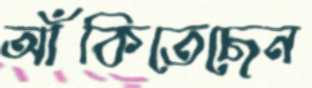
আঁকিতেছেন